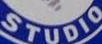
STUDIO